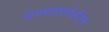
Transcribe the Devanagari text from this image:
घेण्यातयेतील